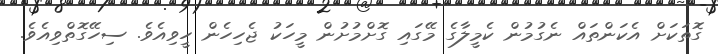
ގޮތަކަށް އެކަންތައް ނެގުމުން ކެމީލާގެ މޭގައި ގޮށްމުށުން މީހަކު ޖެހިހެން ހީވިއެވެ. ސިހޭގޮތްވިއެވެ.